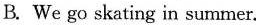
B. We go skating in summer.